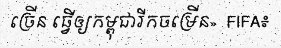
ច្រើន ធ្វើឲ្យកម្ពុជារីកចម្រើន»  FIFA៖